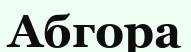
Абгора